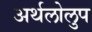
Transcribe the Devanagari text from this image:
अर्थलोलुप